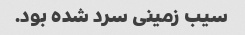
سیب زمینی سرد شده بود.